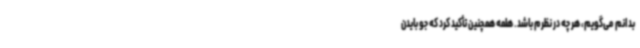
بدانم می‌گویم، هر چه در نظرم باشد. هلمه همچنین تأکید کرد که جو بایدن